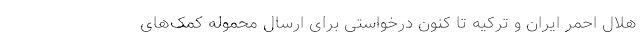
هلال احمر ایران و ترکیه تا کنون درخواستی برای ارسال محموله کمک‌های